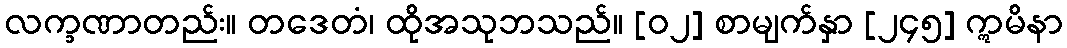
လက္ခဏာတည်း။ တဒေတံ၊ ထိုအသုဘသည်။ [၀၂] စာမျက်နှာ [၂၄၅] ဣမိနာ